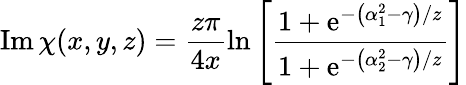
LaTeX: \operatorname{Im}\chi(x,y,z)=\frac{z\pi}{4x}\ln\left[\frac{1+\mathrm{e}^{-\left(\alpha_{1}^{2}-\gamma\right)/z}}{1+\mathrm{e}^{-\left(\alpha_{2}^{2}-\gamma\right)/z}}\right]